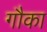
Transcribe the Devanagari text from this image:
गौका